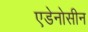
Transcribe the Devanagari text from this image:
एडेनोसीन